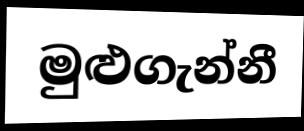
මුළුගැන්නී